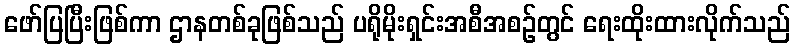
ဖော်ပြပြီးဖြစ်ကာ ဌာနတစ်ခုဖြစ်သည် ပရိုမိုးရှင်းအစီအစဉ်တွင် ရေးထိုးထားလိုက်သည်